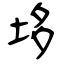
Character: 垑